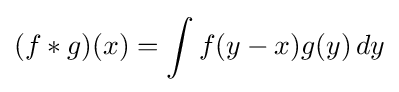
(f*g)(x)=\int f(y-x)g(y)\,dy